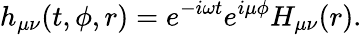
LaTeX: h_{\mu\nu}(t,\phi,r)=e^{-i\omega t}e^{i\mu\phi}H_{\mu\nu}(r).